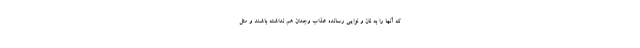
که آنها را به نان و نوایی رسانده عذاب وجدان هم نداشته باشند و مثل